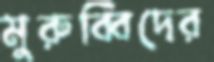
মুরুব্বিদের